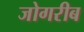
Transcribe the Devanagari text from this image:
जोगरीब